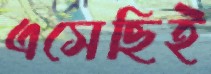
এসেছিই